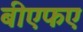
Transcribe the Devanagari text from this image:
बीएफए